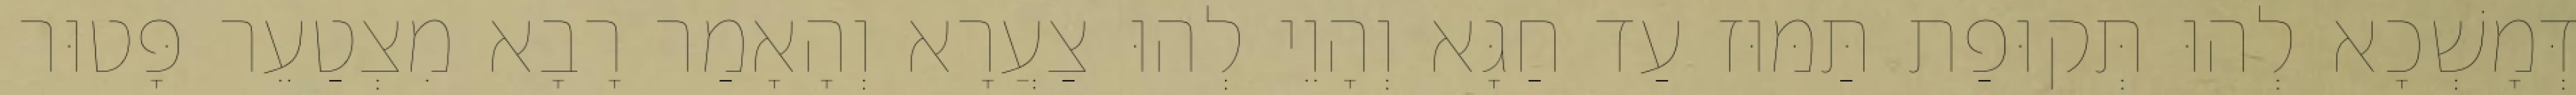
דְּמָשְׁכָא לְהוּ תְּקוּפַת תַּמּוּז עַד חַגָּא וְהָוֵי לְהוּ צַעֲרָא וְהָאָמַר רָבָא מִצְטַעֵר פָּטוּר